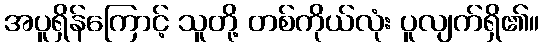
အပူရှိန်ကြောင့် သူတို့ တစ်ကိုယ်လုံး ပူလျက်ရှိ၏။